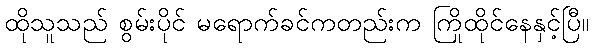
ထိုသူသည် စွမ်းပိုင် မရောက်ခင်ကတည်းက ကြိုထိုင်နေနှင့်ပြီ။